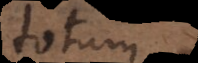
totum